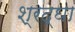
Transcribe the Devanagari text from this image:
श्रद्घा